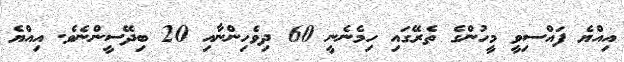
އިއްޔެ ފައްސިވީ މީހުންގެ ތެރޭގައި ހިމެނެނީ 60 ދިވެހިންނާއި 20 ބިދޭސީންނެވެ. އިއްޔެ